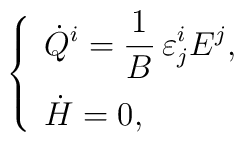
\begin{array}{ccc}\left\{\begin{array}{l}\displaystyle\dot{Q}^i=\frac{1}{B}\,\varepsilon^i_jE^j,\\[10pt]\dot{H}=0,\end{array}\right.\end{array}